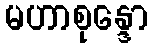
မဟာစုန္ဒော